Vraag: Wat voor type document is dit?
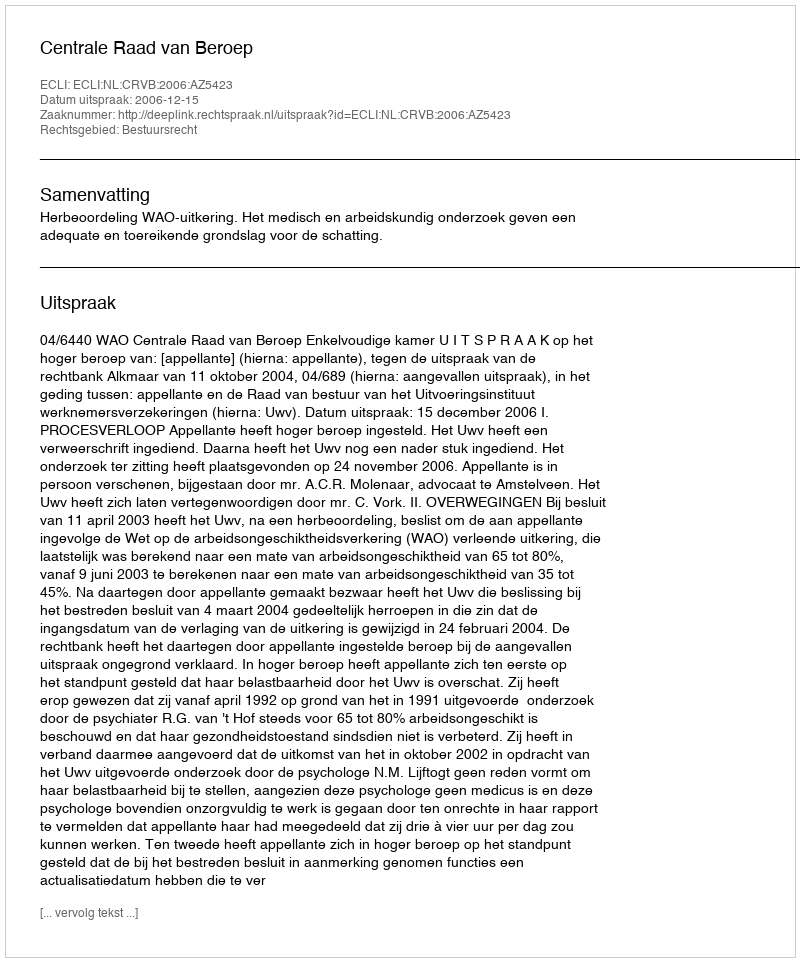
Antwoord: Uitspraak